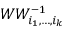
W W _ { i _ { 1 } , \dots , i _ { k } } ^ { - 1 }